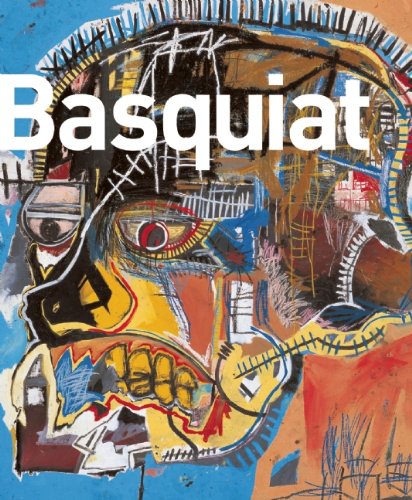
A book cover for Basquiat; Arts & Photography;